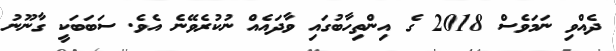
ދެއްވި ނަމަވެސް 2018 ގެ އިންތިހާބުގައި ވާދައެއް ނުކުރެވޭނެ އެވެ. ސަބަބަކީ ގާނޫނު